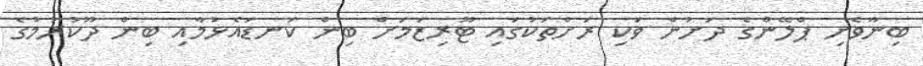
ބިނާވެށި ޕްލޭންގެ ދަށުން ވަކި ރަށްތަކުގައި ޓޫރިޒަމަށް ބިން ކަނޑައެޅުމާއި ބިން ދޫކުރުމުގެ